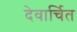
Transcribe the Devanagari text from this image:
देवार्चित